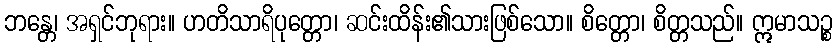
ဘန္တေ၊ အရှင်ဘုရား။ ဟတိသာရိပုတ္တော၊ ဆင်းထိန်း၏သားဖြစ်သော။ စိတ္တော၊ စိတ္တသည်။ ဣမာသဉ္စ